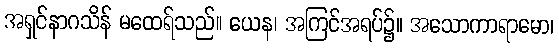
အရှင်နာဂသိန် မထေရ်သည်။ ယေန၊ အကြင်အရပ်၌။ အသောကာရာမော၊